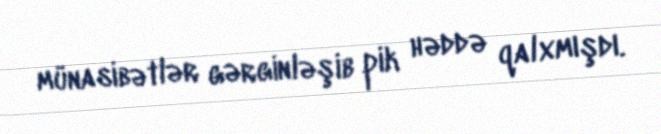
münasibətlər gərginləşib pik həddə qalxmışdı.